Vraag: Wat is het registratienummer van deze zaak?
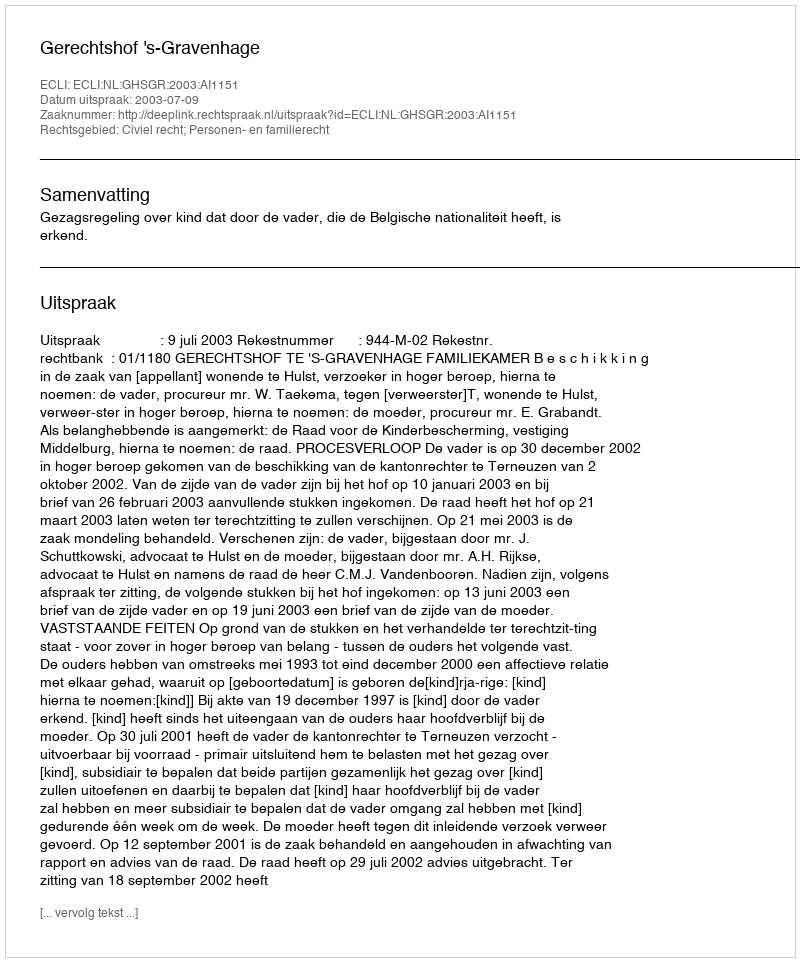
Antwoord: http://deeplink.rechtspraak.nl/uitspraak?id=ECLI:NL:GHSGR:2003:AI1151